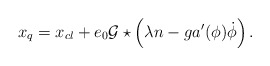
\begin{align*}x\sb{q}=x\sb{cl}+e\sb{0}{\cal G}\star\left(\lambda n-ga\sp{\prime}(\phi)\dot{\phi}\right).\end{align*}